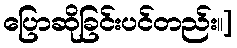
ပြောဆိုခြင်းပင်တည်း။]